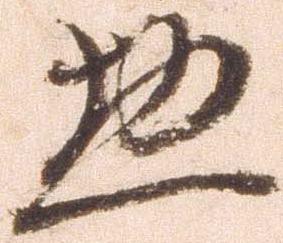
惣